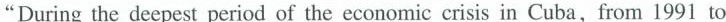
"During the deepest period of the economic crisis in Cuba, from 1991 to